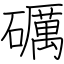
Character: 礪